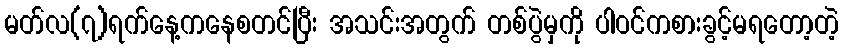
မတ်လ(၇)ရက်နေ့ကနေစတင်ပြီး အသင်းအတွက် တစ်ပွဲမှကို ပါဝင်ကစားခွင့်မရတော့တဲ့